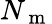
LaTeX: N_{\mathrm{~m~}}